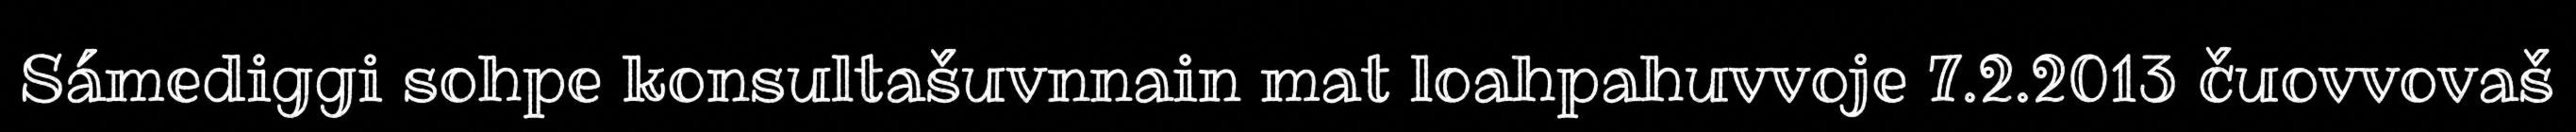
Sámediggi sohpe konsultašuvnnain mat loahpahuvvoje 7.2.2013 čuovvovaš